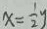
x = \frac { 1 } { 2 } y